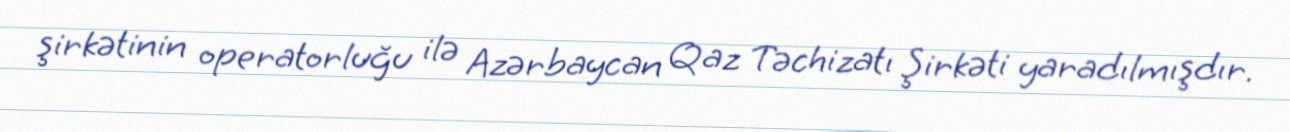
şirkətinin operatorluğu ilə Azərbaycan Qaz Təchizatı Şirkəti yaradılmışdır.